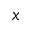
x